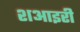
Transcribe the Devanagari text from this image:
शआइरी